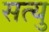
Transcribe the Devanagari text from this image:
सत्यु